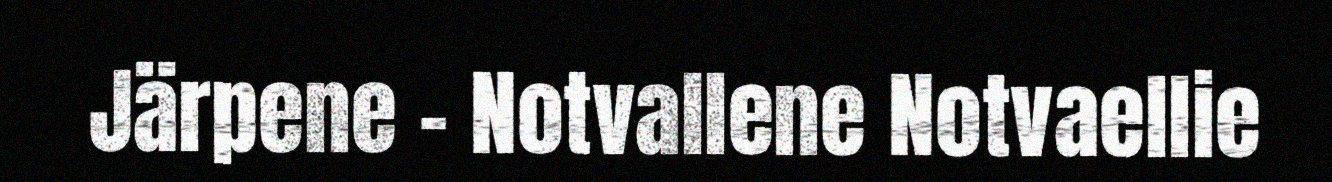
Järpene – Notvallene Notvaellie